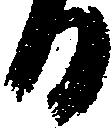
日